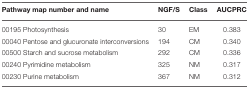
<table><thead><tr><td><b>Pathway map number and name</b></td><td><b>NGF/S</b></td><td><b>Class</b></td><td><b>AUCPRC</b></td></tr></thead><tbody><tr><td>00195 Photosynthesis</td><td>30</td><td>EM</td><td>0.383</td></tr><tr><td>00040 Pentose and glucuronate interconversions</td><td>194</td><td>CM</td><td>0.340</td></tr><tr><td>00500 Starch and sucrose metabolism</td><td>292</td><td>CM</td><td>0.336</td></tr><tr><td>00240 Pyrimidine metabolism</td><td>325</td><td>NM</td><td>0.317</td></tr><tr><td>00230 Purine metabolism</td><td>367</td><td>NM</td><td>0.312</td></tr></tbody></table>